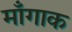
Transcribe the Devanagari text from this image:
माँगाक